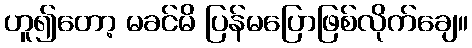
ဟူ၍တော့ မခင်မိ ပြန်မပြောဖြစ်လိုက်ချေ။